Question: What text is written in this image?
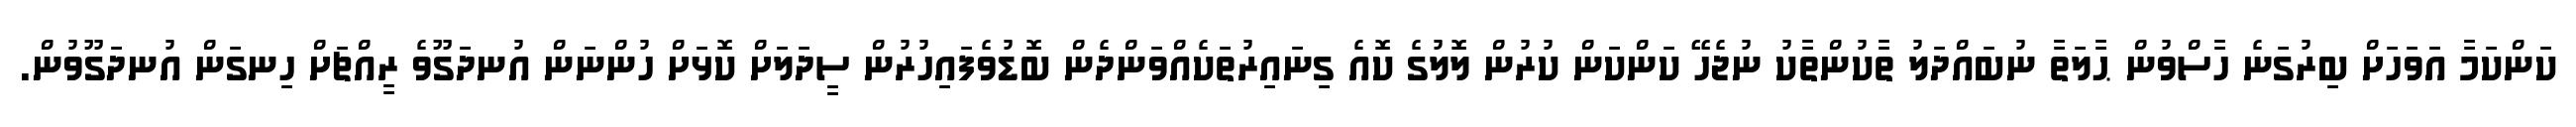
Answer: ކަންކަމާ އަވަހަށް ބިރުގަނެ ހާސްވުން ޙާލަތާ ނުބައްދަލު ތާކުންތާކު ނުޖެހޭ ކަންކަން ކުރުން ލޮލުގެ ކޮއެ ގިނައިރުތަކެއްވަންދެން ބޮޑުވެފައިހުރުން ސީދަލަށް ކޮޅަށް ހުންނަން އުނދަގޫވެ ރީއްޗަށް ހިނގަން އުނދަގޫވުން.